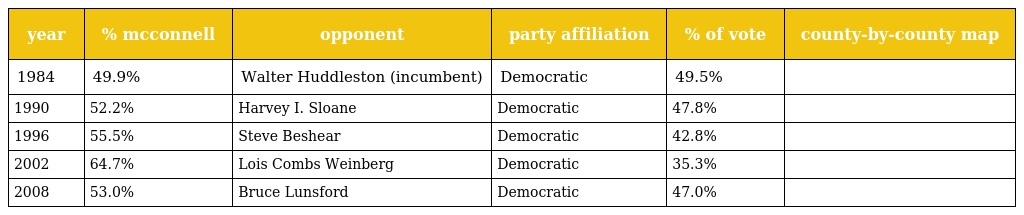
| year | % mcconnell | opponent | party affiliation | % of vote | county-by-county map |
 | --- | --- | --- | --- | --- | --- |
 | 1984 | 49.9% | Walter Huddleston (incumbent) | Democratic | 49.5% |  |
 | 1990 | 52.2% | Harvey I. Sloane | Democratic | 47.8% |  |
 | 1996 | 55.5% | Steve Beshear | Democratic | 42.8% |  |
 | 2002 | 64.7% | Lois Combs Weinberg | Democratic | 35.3% |  |
 | 2008 | 53.0% | Bruce Lunsford | Democratic | 47.0% |  |